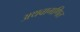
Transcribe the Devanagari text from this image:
अथवागणित